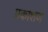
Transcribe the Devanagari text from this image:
प्रकाशण